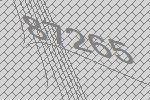
87265